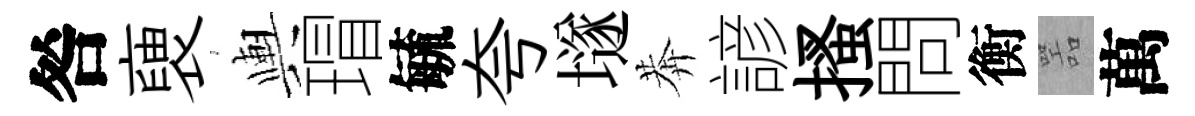
咎褏輿瑁毓夸𡑞莾諺搔問衡噐萬